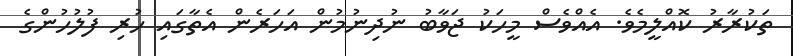
ތަކުރާރު ކޮއްލީމެވެ. އެއްވެސް މީހަކު ޖަވާބު ނުދިނުމުން އަހަރެން އެތާގައި ހުރި ފުލުހުންގެ